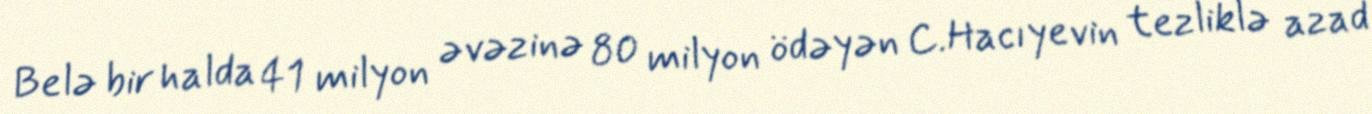
Belə bir halda 41 milyon əvəzinə 80 milyon ödəyən C.Hacıyevin tezliklə azad